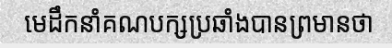
មេដឹកនាំគណបក្សប្រឆាំងបានព្រមានថា